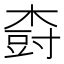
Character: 𱣾